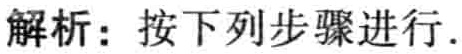
解析：按下列步骤进行.